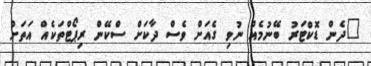
"ދެން ޑޮކްޓަރު ބޭނުމެއް ނުވި ގެއަށް ވެސް ދާކަށް ސްކޭން ރިޕޯޓްތަކެއް އަތަށް